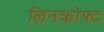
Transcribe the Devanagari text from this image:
लिनक्रोफ्ट